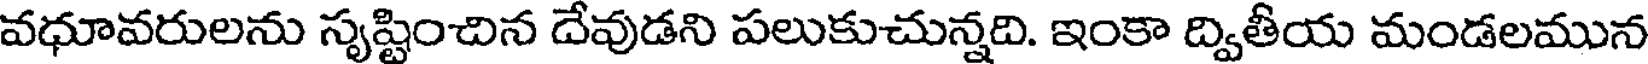
వధూవరులను సృష్టించిన దేవుడని పలుకుచున్నది. ఇంకా ద్వితీయ మండలమున